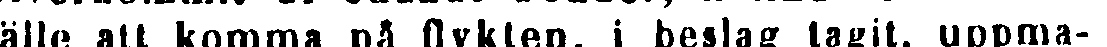
fälle att komma på flykten, i beslag tagit, uppma-